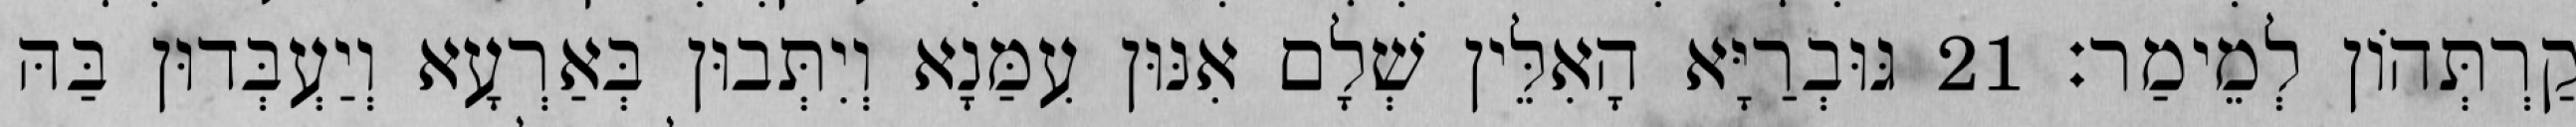
קַרְתְּהוֹן לְמֵימַר׃ 21 גּוּבְרַיָּא הָאִלֵּין שְׁלָם אִנּוּן עִמַּנָא וְיִתְּבוּן בְּאַרְעָא וְיַעְבְּדוּן בַּהּ